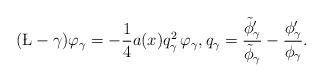
LaTeX: \begin{align*}(\L-\gamma)\varphi_\gamma=-\frac14 a(x)q_\gamma^2\,\varphi_\gamma,q_\gamma=\frac{\tilde\phi_\gamma'}{\tilde\phi_\gamma}-\frac{\phi_\gamma'}{\phi_\gamma}.\end{align*}